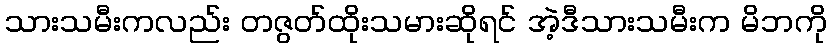
သားသမီးကလည်း တဇွတ်ထိုးသမားဆိုရင် အဲ့ဒီသားသမီးက မိဘကို